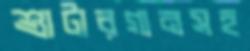
শ্যুটারগানসহ